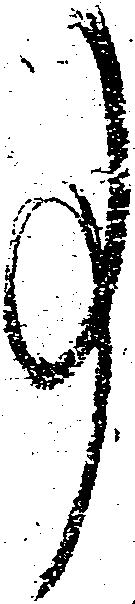
事